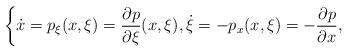
LaTeX: \begin{align*}\left\{\begin{aligned}& \dot{x}=p_\xi(x,\xi)=\frac{\partial p}{\partial \xi}(x,\xi),\dot{\xi}=-p_x(x,\xi)=- \frac{\partial p}{\partial x},\\\end{aligned}\right.\end{align*}